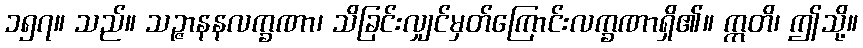
၁၅၇။ သည်။ သဉ္ဇာနနလက္ခဏာ၊ သိခြင်းလျှင်မှတ်ကြောင်းလက္ခဏာရှိ၏။ ဣတိ၊ ဤသို့။